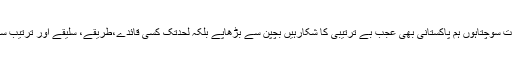
میں اکثراوقات سوچتاہوں ہم پاکستانی بھی عجب بے ترتیبی کا شکارہیں بچپن سے بڑھاپے بلکہ لحدتک کسی قائدے،طریقے، سلیقے اور ترتیب سے بے نیاز۔